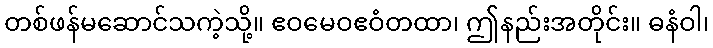
တစ်ဖန်မဆောင်သကဲ့သို့။ ဧဝမေဝဧဝံတထာ၊ ဤနည်းအတိုင်း။ ဓနံဝါ၊